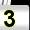
Digit: 3